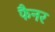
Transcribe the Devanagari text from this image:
फैनर